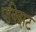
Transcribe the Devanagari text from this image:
एक्झिट